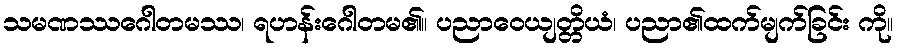
သမဏဿဂေါတမဿ၊ ရဟန်းဂေါတမ၏။ ပညာဝေယျတ္တိယံ၊ ပညာ၏ထက်မျက်ခြင်း ကို။